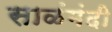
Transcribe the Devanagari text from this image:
साळंमंदी